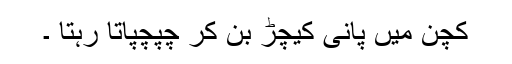
کچن میں پانی کیچڑ بن کر چپچپاتا رہتا ۔